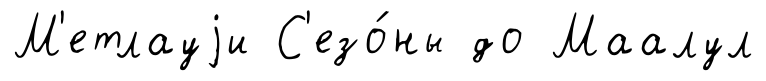
М'етлауjи С'езо́ны до Маалул